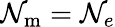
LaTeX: \mathcal{N}_{\mathrm{{m}}}=\mathcal{N}_{e}